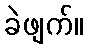
ခဲဖျက်။